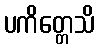
ပကိတ္တေသိ